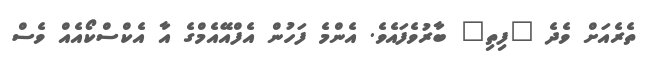
ތެރެއަށް ވެދެ "ފިތި" ބާރުވެފައެވެ. އެންމެ ފަހުން އެފްއޭއެމްގެ އާ އެކްސްކޯއެއް ވެސް